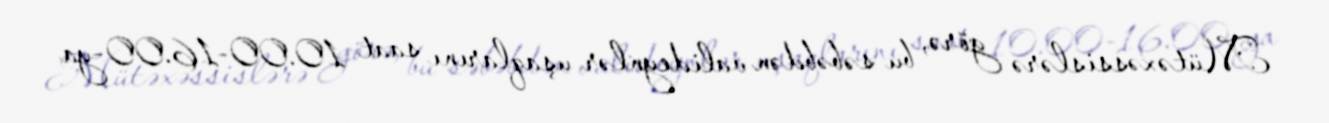
Mütəxəssislərə görə, bu səbəbdən valideynlər uşaqlarını saat 10.00-16.00-ya